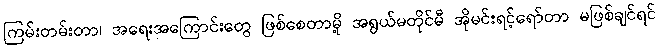
ကြမ်းတမ်းတာ၊ အရေးအကြောင်းတွေ ဖြစ်စေတာမို့ အရွယ်မတိုင်မီ အိုမင်းရင့်ရော်တာ မဖြစ်ချင်ရင်